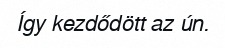
Így kezdődött az ún.